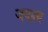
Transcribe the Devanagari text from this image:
जयद्रध